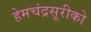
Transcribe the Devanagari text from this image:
हेमचंद्रसूरीको